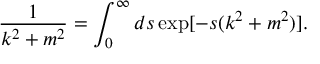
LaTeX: \frac { 1 } { k ^ { 2 } + m ^ { 2 } } = \int _ { 0 } ^ { \infty } d s \exp [ - s ( k ^ { 2 } + m ^ { 2 } ) ] .